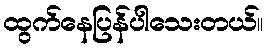
ထွက်နေပြန်ပါသေးတယ်။